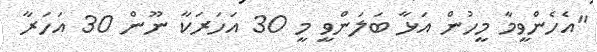
"އެހެންވީމާ މީހުން އަޅާ ބަލަންވީ މީ 30 އަހަރަކާ ނޫން 30 އަހަރާ